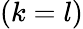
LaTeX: (k=l)